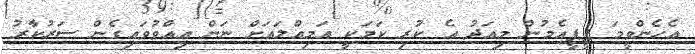
އެހެންވީމަ ޕީޕީއެމުން މިއަދު އެ ކުރި ކަމަކީ އަމިއްލައަށް ނަން އިއްވުވައިގެން ސަރުކާރު